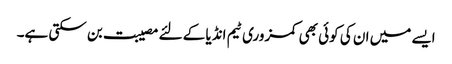
ایسے میں ان کی کوئی بھی کمزوری ٹیم انڈیا کے لئے مصیبت بن سکتی ہے۔